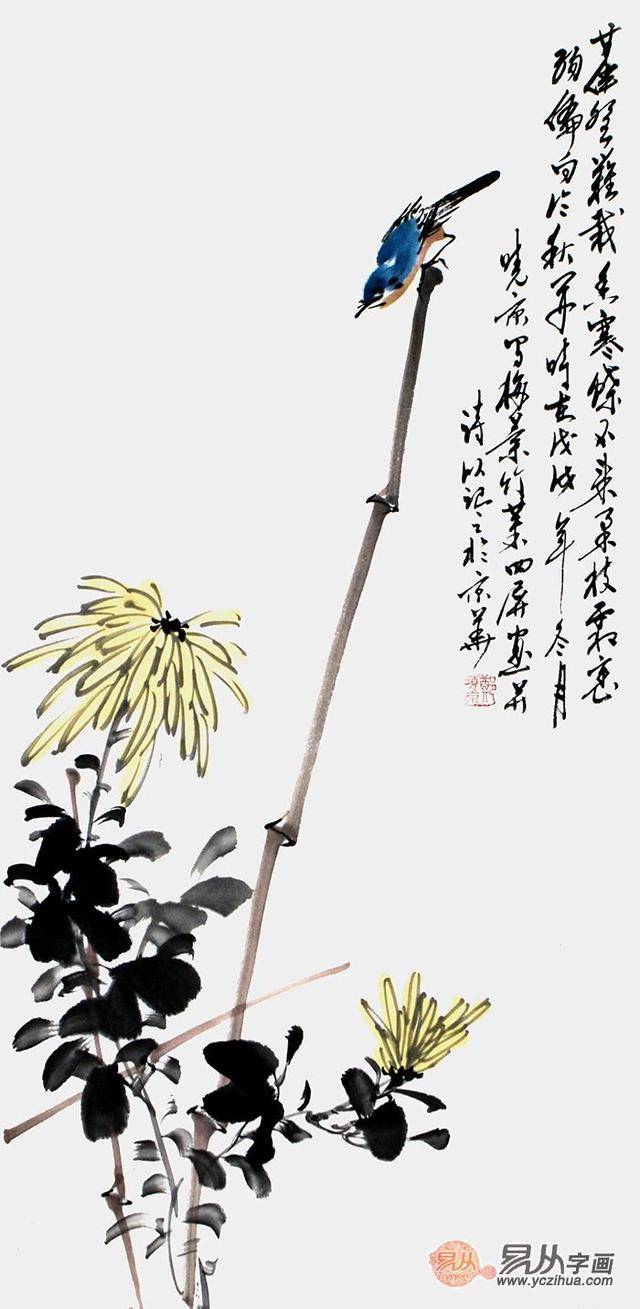
君子无入而不自得焉。